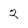
Character: 2